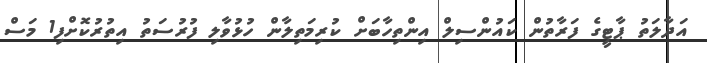
އަދާލަތު ޕާޓީގެ ފަރާތުން ކައުންސިލް އިންތިހާބަށް ކުރިމަތިލާން ހުޅުވާލި ފުރުސަތު އިތުރުކޮށްފި1 މަސް